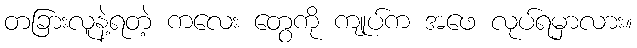
တခြားလူနဲ့ရတဲ့ ကလေး တွေကို ကျုပ်က အဖေ လုပ်ရမှာလား။